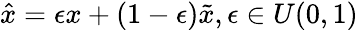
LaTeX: \hat{x}=\epsilon x+(1-\epsilon)\tilde{x},\epsilon\in U(0,1)